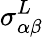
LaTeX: \sigma_{\alpha\beta}^{L}